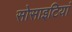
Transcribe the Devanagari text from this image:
सोसाइटियां